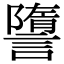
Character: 䜐